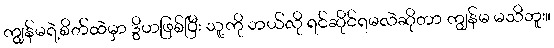
ကျွန်မရဲ့စိတ်ထဲမှာ ဒွိဟဖြစ်ပြီး သူ့ကို ဘယ်လို ရင်ဆိုင်ရမလဲဆိုတာ ကျွန်မ မသိဘူး။